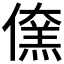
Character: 𠏖